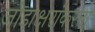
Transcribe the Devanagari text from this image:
जोडाक्षरांकरता